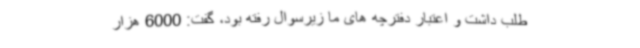
طلب داشت و اعتبار دفترچه های ما زیرسوال رفته بود، گفت: 6000 هزار